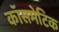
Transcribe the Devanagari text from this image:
कॉसमेटिक